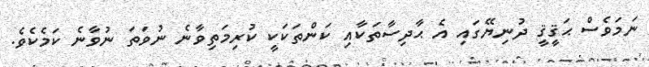
ނަމަވެސް ޙަޤީޤީ ދުނިޔޭގައި އެ ޙާދިސާތަކާއި ކަންތަކަކީ ކުރިމަތިވާނެ ނުވަތަ ނުވާނެ ކަމެކެވެ.